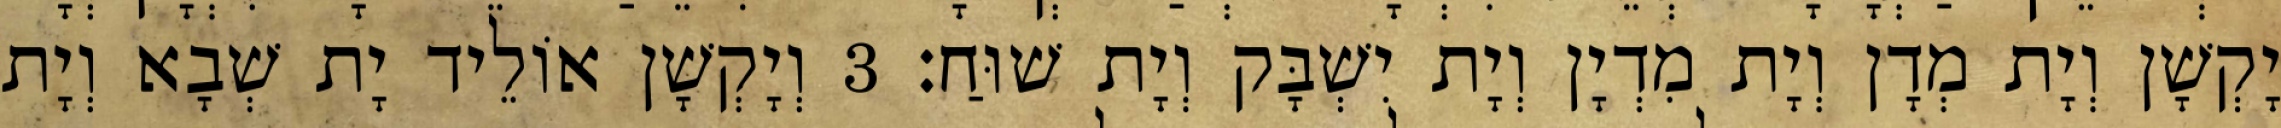
יָקְשָׁן וְיָת מְדָן וְיָת מִדְיָן וְיָת יִשְׁבָּק וְיָת שׁוּחַ׃ 3 וְיָקְשָׁן אוֹלֵיד יָת שְׁבָא וְיָת